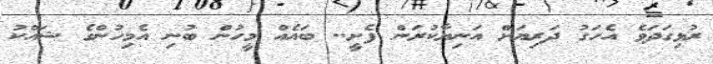
ރުޅިގަދަވެ އެހަގު ދަރިޔަށް އަނިޔާކުރަން ފެށީ.. ބައެއް މީހުން ބުނި އެމިހުންގެ ޝައްކު